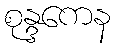
စုန္ဒကေန